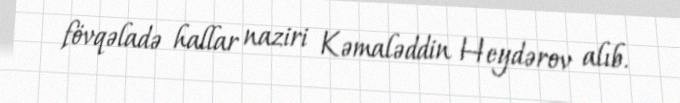
fövqəladə hallar naziri Kəmaləddin Heydərov alıb.